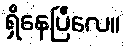
ရှိနေပြီလေ။